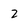
Character: 2